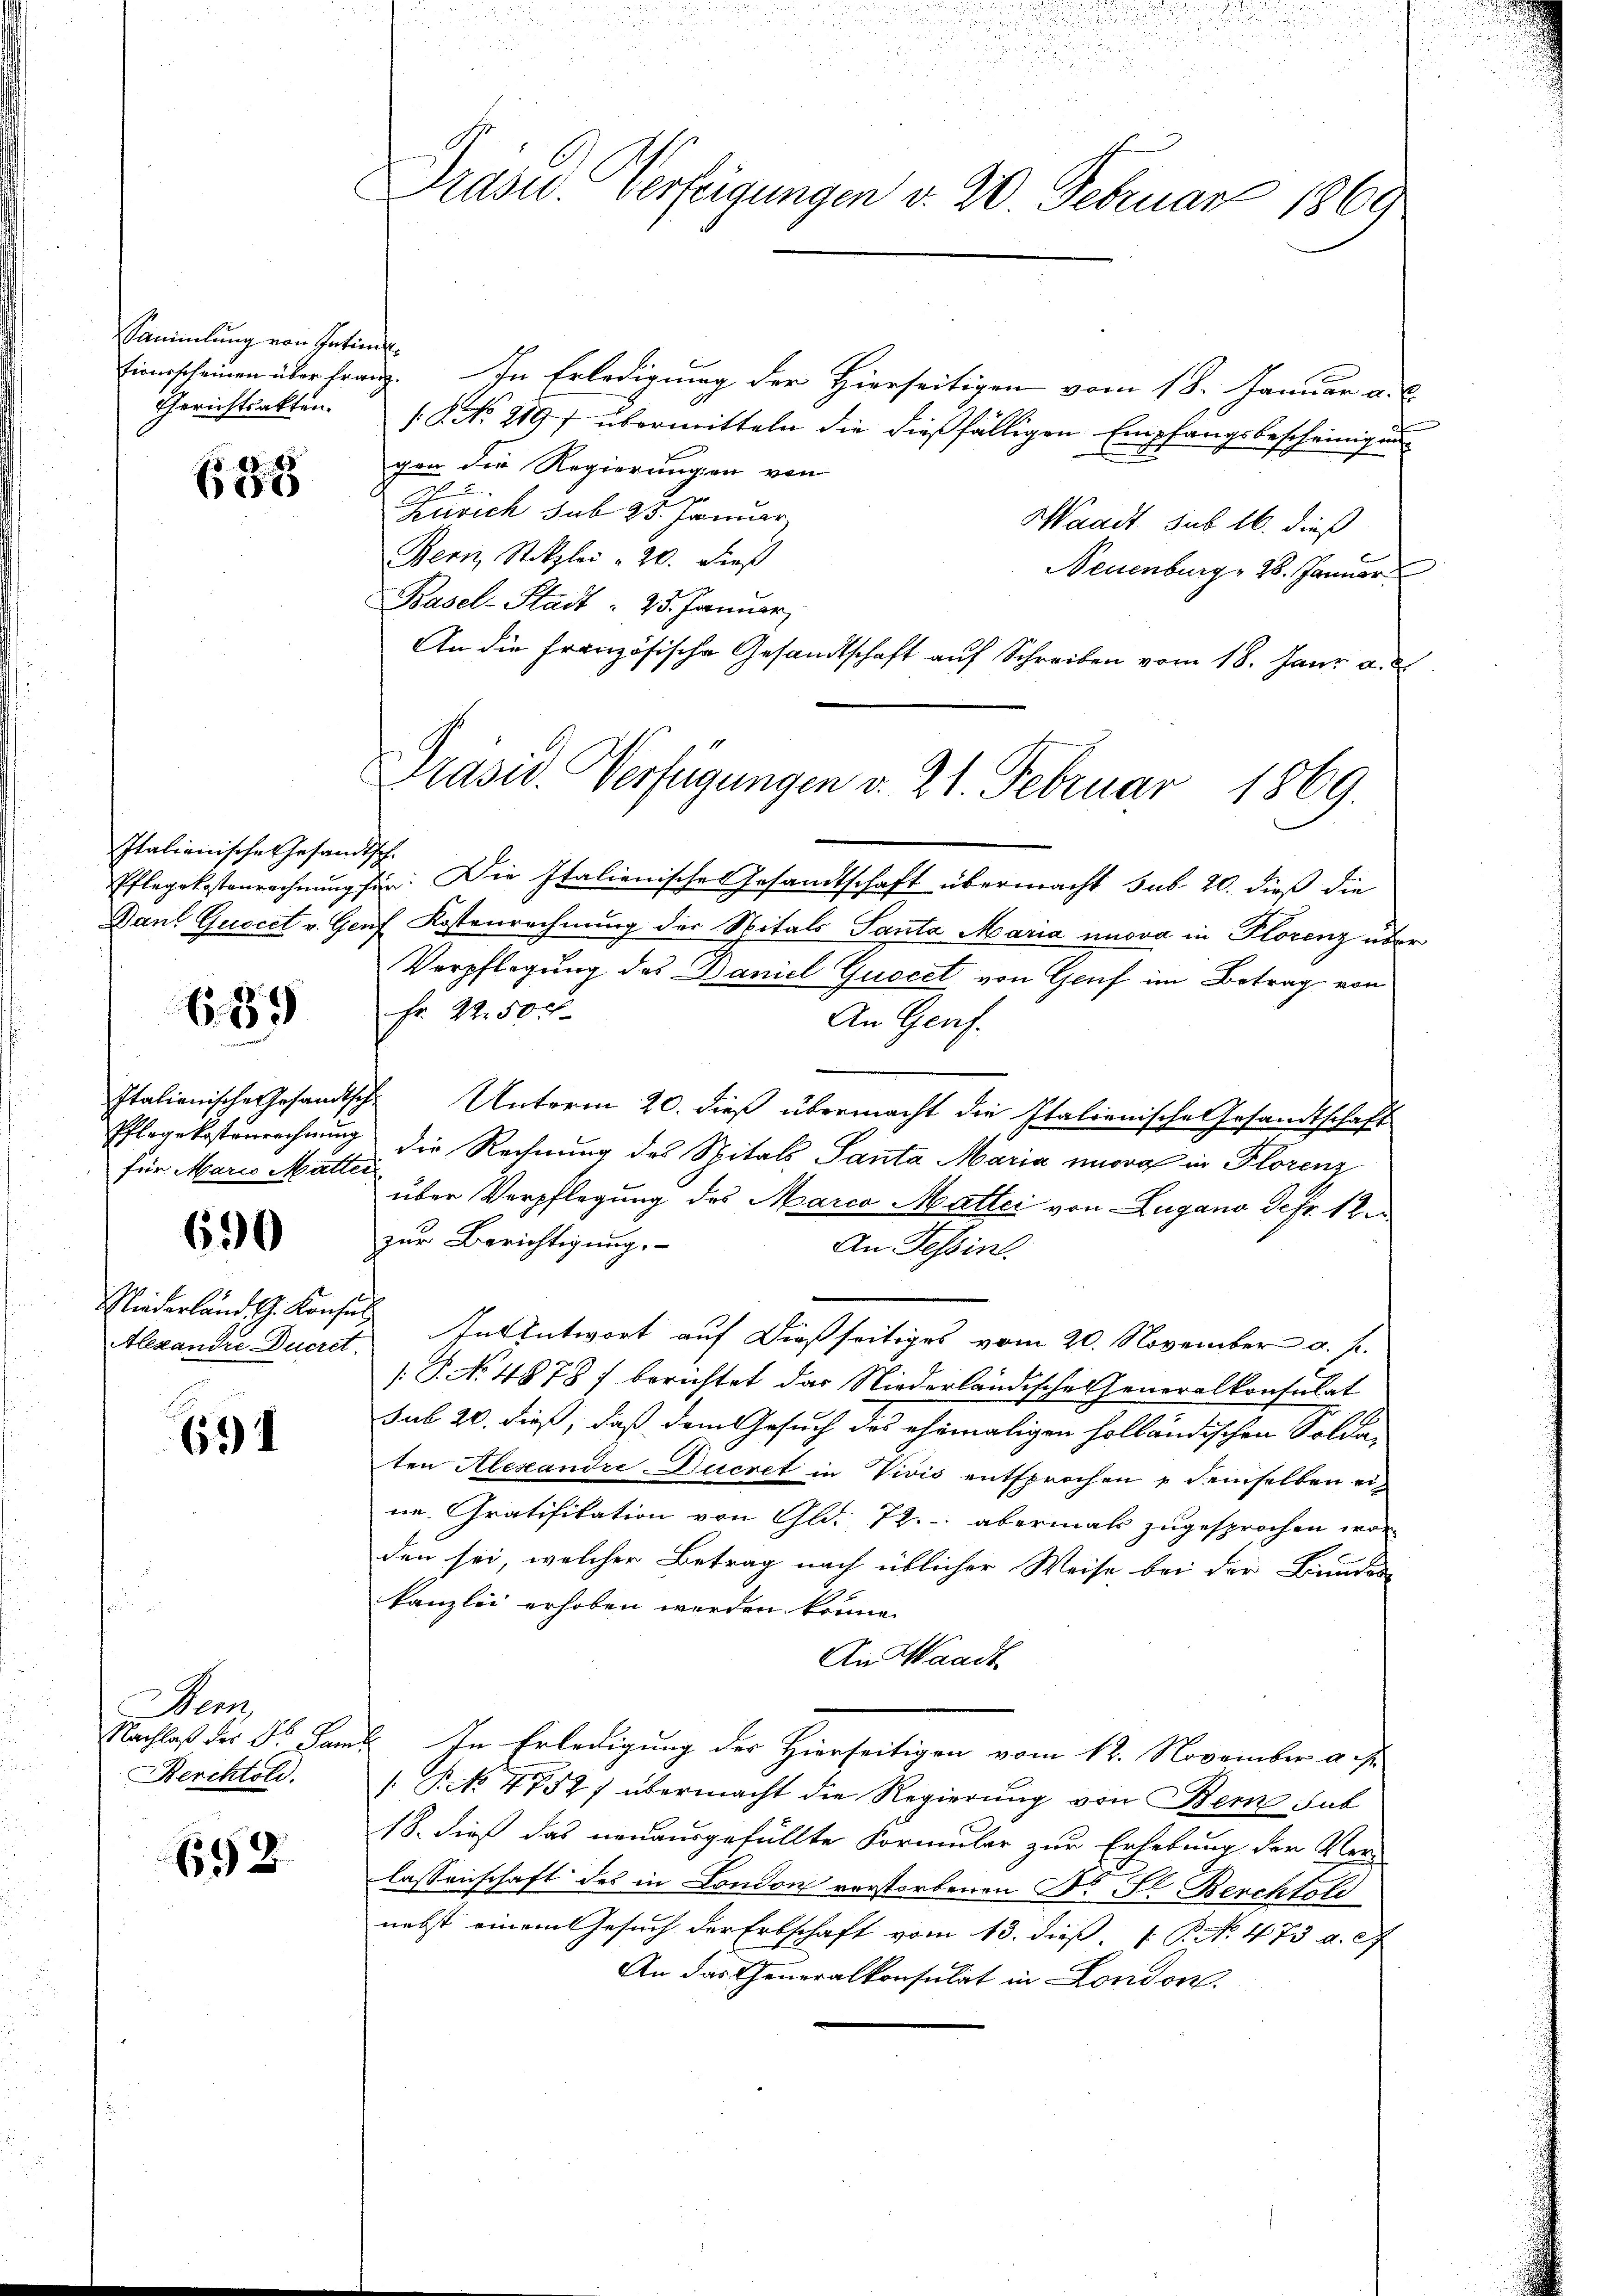
Sammlung von Intim
Gerichtsakten.

B 292

Italienische Gesam-
Pflegekostenrechnung,
Dant Gusect v. Ger

639

Italienische Gesandtsch
für Marie Mutter

690

Niederländ. J. Konsin
Alexandre Ducret.

634

Den
Nachlaß der Dr. Fami
Berchtold.

658

Präsid. Verfeigungen v. 20. Februar 1869

Präsid. Verfügungen v. 21. Februar 1869.

Einerscheinen über franz. In Erledigung der Hierseitigen vom 18. Januar a. c.
/ No. 219) übermitteln die dießfälligen Empfangsbescheinigung
gen die Regierungen von
Zürich sub 25. Januar
Waadt sub 16. dieß
Bern, Stokzlei " 20. dieß
Neuenburg, 28. Januar
Basel-Stadt = 25. Januar
An die französische Gesandtschaft auf Schreiben vom 18. Jani a.
d
Zin: Die Italienisches Gesandtschaft übermacht sub 20. dieß die
uf Kostenrechnung der Spitals Santa Maria unova in Florenz über
Verpflegung des Daniel Guocet von Gruf im Betrag von
Fr. 22.50 f.
An Genf.
F. Unterm 20. dieß übermacht die Italienische Gesandtschaft
Pflegekosterrechnung die Rechnung des Spitals Santa Maria unora in Florenz
.
über Verpflegung des Marca Mattei von Lugano defr. 12.
zur Berichtigung.
An Tessin
In Antwort auf dießseitiges vom 20. November u. s.
[P. No 4878) berichtet das Niederländische Generalkonsulat
sub 20. dieß, daß dem Gesuch des ehemaligen holländischen Solda
ten Alexandre Ducret in Vivis entsprochen u demselben eine. Gratifikation von Gld. 72. - abermals zugesprochen wor-
den sei, welcher Betrag nach üblicher Weise bei der Bundes
kanzlei erhoben werden könne.
An Waadt
In Erledigung der Hierseitigen vom 12. November aus.
[P 4752) übermacht die Regierung von Bern sub
18. dieß das neuausgefüllte Formular zur Erhebung der Ver-
lassenschaft des in London verstorbenen Dr. Pr. Berchtold
nebst einem Gesuch der Erbschaft vom 13. dieß, 1 P. N. 473 a. 27
An das Generalkonsulat in London.